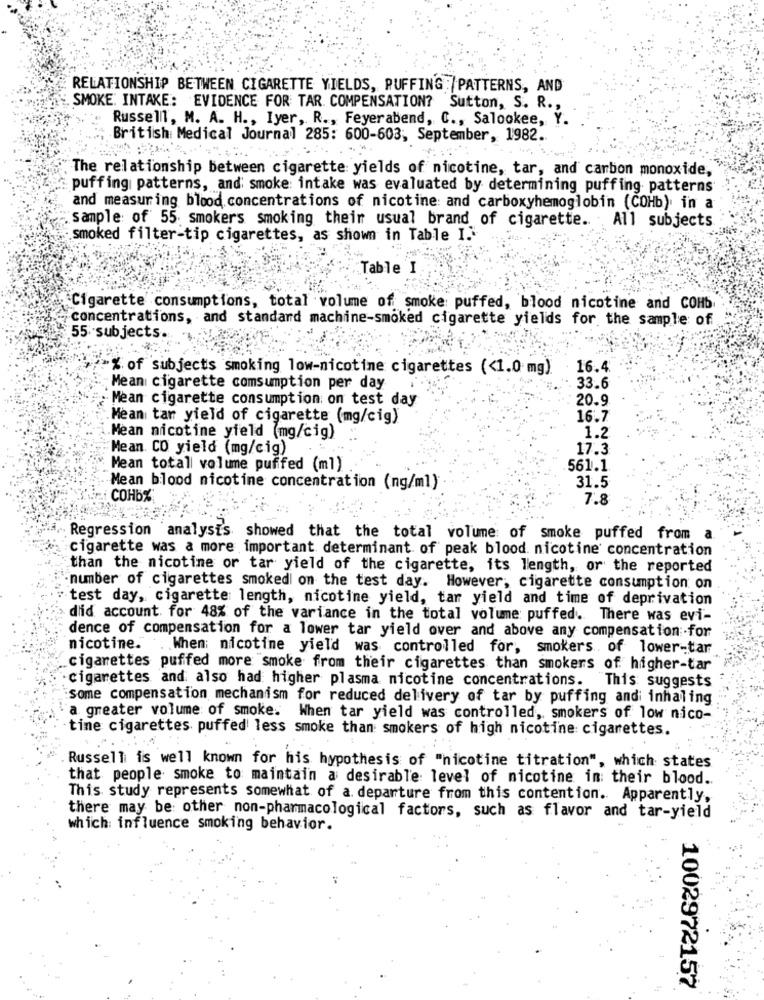
RELATIONSHIP BETWEEN CIGARETTE YIELDS, PUFFING /PATTERNS, AND
SMOKE: INTAKE: EVIDENCE FOR TAR. COMPENSATION? Sutton, S. R .,
Russell, M. A. H ., Iyer, R ., Feyerabend, C ., Salookee, Y.
British Medical Journal 285: 600-603, September, 1982.
The relationship between cigarette yields of nicotine, tar, and carbon monoxide,
puffing patterns, and smoke: intake was evaluated by determining puffing patterns
and measuring blood concentrations of nicotine: and carboxyhemoglobin (COHb), in a
sample of 55 smokers smoking their usual brand of cigarette. All subjects
smoked filter-tip cigarettes, as shown in Table I."
Table I
Cigarette consumptions, total volume of smoke puffed, blood nicotine and COHb
concentrations, and standard machine-smoked cigarette yields for the sample of
55 subjects.
% of subjects smoking low-nicotine cigarettes (<1.0 mg).
16.4
Mean cigarette comsumption per day
33.6
Mean cigarette consumption on test day
20.9
Mean tar yield of cigarette (mg/cig)
16.7
Mean nicotine yield (mg/cig)
1.2
Mean. CO yield (mg/cig)
17.3
Mean total volume puffed (ml)
561.1.
Mean blood nicotine concentration (ng/ml)
31.5
COHB%
7.8
Regression analysis showed that the total volume of smoke puffed from
a
cigarette was a more important determinant of peak blood. nicotine concentration
than the nicotine or tar yield of the cigarette, its length, or the reported
number of cigarettes smoked on the test day. However, cigarette consumption on
test day, cigarette length, nicotine yield, tar yield and time of deprivation
did account for 48% of the variance in the total volume puffed. There was evi-
dence of compensation for a lower tar yield over and above any compensation for
nicotine. . When; nicotine yield was controlled for, smokers. of lower-tar
cigarettes puffed more smoke from their cigarettes than smokers of higher-tar
cigarettes and also had higher plasma nicotine concentrations.
This suggests
some compensation mechanism for reduced delivery of tar by puffing andi inhaling
a greater volume of smoke. When tar yield was controlled, smokers of low nico-
tine cigarettes puffed less smoke than smokers of high nicotine cigarettes.
Russell is well known for his hypothesis of "nicotine titration", which states
that people smoke to maintain a desirable level of nicotine in their blood ..
This study represents somewhat of a. departure from this contention. Apparently,
there may be other non-pharmacological factors, such as flavor and tar-yield
which: influence smoking behavior.
1002972152